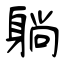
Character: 躺